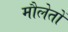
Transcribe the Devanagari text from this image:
मौलेतों